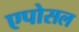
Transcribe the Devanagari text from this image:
एपोसल